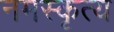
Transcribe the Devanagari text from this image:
नमस्कृत्य